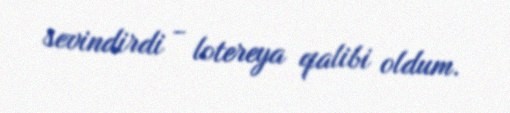
sevindirdi - lotereya qalibi oldum.